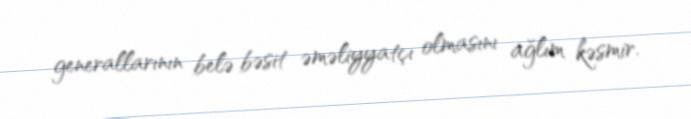
generallarının belə bəsit əməliyyatçı olmasını ağlım kəsmir.